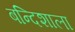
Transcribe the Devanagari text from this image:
बन्दिशाला